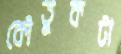
কৌতুকটা